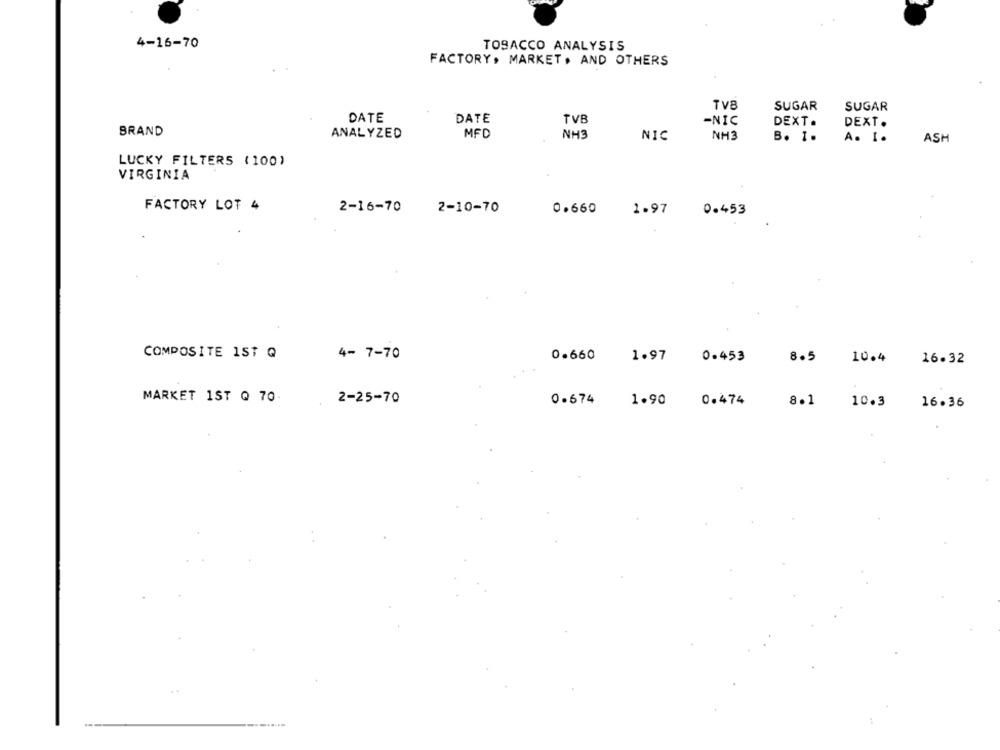
4-16-70
TOSACCO ANALYSIS
FACTORY, MARKET , AND OTHERS
TVE
SUGAR
SUGAR
DATE
DATE
TVB
-NIC
DEXT.
DEXT.
BRAND
ANALYZED
MFD
NH3
NIC
NH3
B. 1.
A. I.
ASH
LUCKY FILTERS (100)
VIRGINIA
FACTORY LOT 4
2-16-70
2-10-70
0.660
1.97
0.453
COMPOSITE IST Q
4- 7-70
0.660
1.97
0.453
8.5
10.4
16.32
MARKET 1ST Q 70.
2-25-70
0.674
1.90 0.474
8.1
10.3
16.36